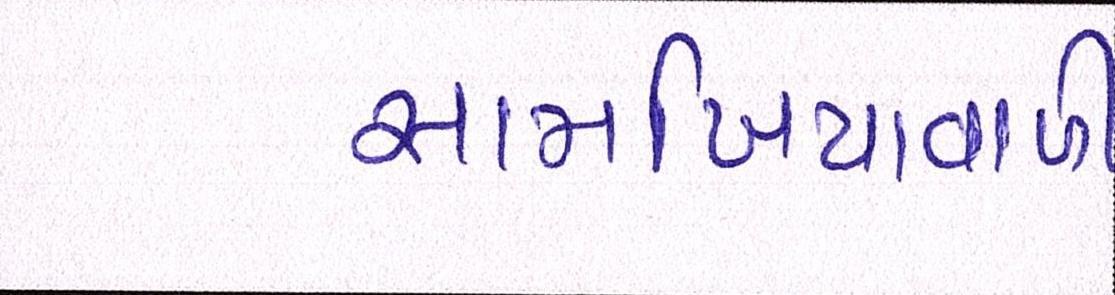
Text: સામખિયાળી